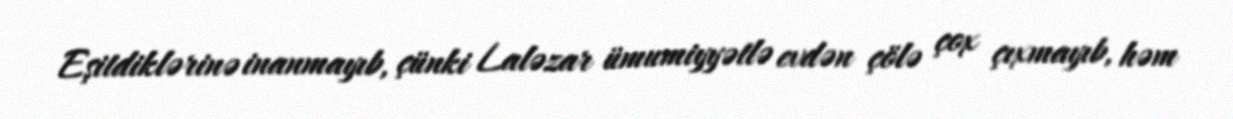
Eşitdiklərinə inanmayıb, çünki Laləzar ümumiyyətlə evdən çölə çox çıxmayıb, həm